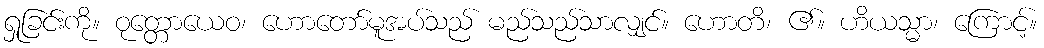
ရှုခြင်းကို။ ဝုတ္တောယေဝ၊ ဟောတော်မူအပ်သည် မည်သည်သာလျှင်။ ဟောတိ၊ ၏။ ဟိယသ္မာ၊ ကြောင့်။